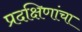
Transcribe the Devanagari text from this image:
प्रदक्षिणांचा